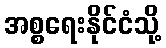
အစ္စရေးနိုင်ငံသို့